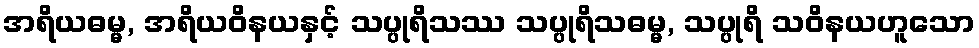
အရိယဓမ္မ, အရိယဝိနယနှင့် သပ္ပုရိသဿ သပ္ပုရိသဓမ္မ, သပ္ပုရိ သဝိနယဟူသော